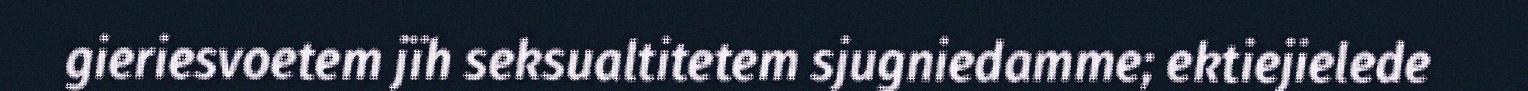
gieriesvoetem jïh seksualtitetem sjugniedamme; ektiejielede